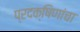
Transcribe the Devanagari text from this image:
प्रदक्षिणांचा